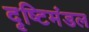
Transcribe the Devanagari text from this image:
दृष्टिमंडल